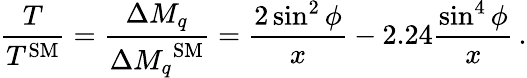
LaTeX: \frac{T}{T^{\mathrm{{SM}}}}=\frac{\Delta M_{q}}{{\Delta M_{q}}^{\mathrm{SM}}}=\frac{2\sin^{2}\phi}{x}-2.24\frac{\sin^{4}\phi}{x}\, .